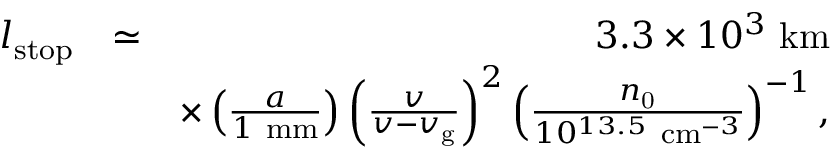
\begin{array} { r l r } { l _ { \mathrm { s t o p } } } & { \simeq } & { 3 . 3 \times 1 0 ^ { 3 } ~ \mathrm { k m } } \\ & { } & { \times \left( \frac { a } { 1 ~ \mathrm { m m } } \right) \left( \frac { v } { v - v _ { \mathrm { g } } } \right) ^ { 2 } \left( \frac { n _ { \mathrm { 0 } } } { 1 0 ^ { 1 3 . 5 } \mathrm { ~ c m } ^ { - 3 } } \right) ^ { - 1 } , } \end{array}